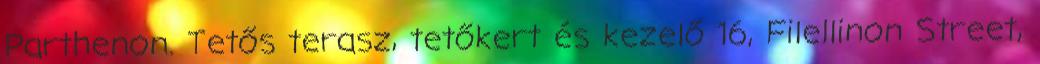
Parthenon. Tetős terasz, tetőkert és kezelő 16, Filellinon Street,